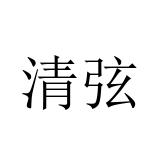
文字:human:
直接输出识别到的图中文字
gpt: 清弦